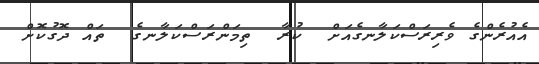
އެއުރެންގެ ވެރިރަސްކަލާނގެއަށް  ކުރާ  ތިމަންރަސްކަލާނގެ  ތައް ދޮގުކޮށް